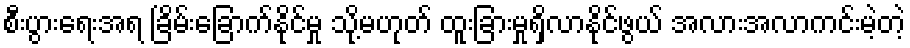
စီးပွားရေးအရ ခြိမ်းခြောက်နိုင်မှု သို့မဟုတ် ထူးခြားမှုရှိလာနိုင်ဖွယ် အလားအလာကင်းမဲ့တဲ့